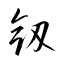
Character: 剱